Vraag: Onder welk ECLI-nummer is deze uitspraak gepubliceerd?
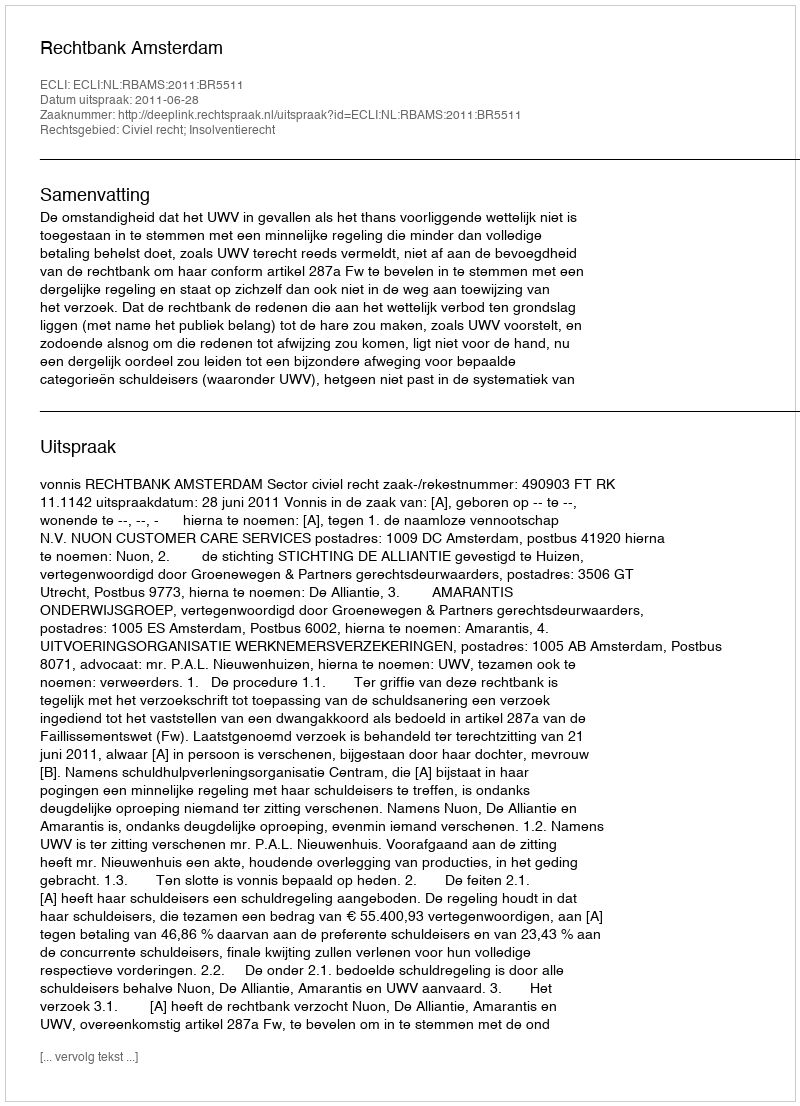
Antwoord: ECLI:NL:RBAMS:2011:BR5511